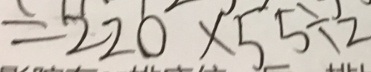
= 2 2 0 \times 5 5 \div 2